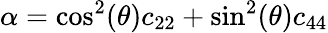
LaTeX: \alpha=\textrm{cos}^{2}(\theta)c_{22}+\textrm{sin}^{2}(\theta)c_{44}